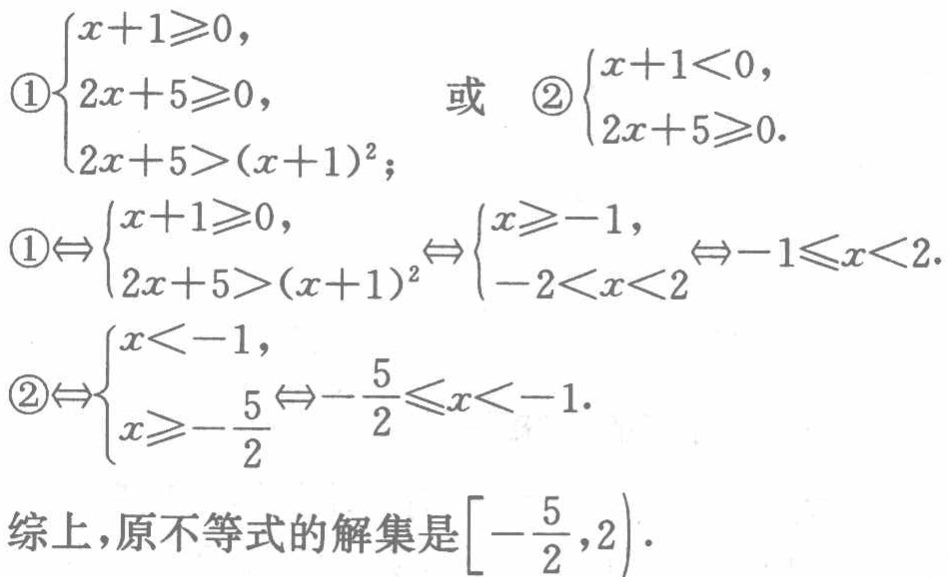
\textcircled{1}$\begin{cases}
x + 1\geqslant0, \\
2x + 5\geqslant0, \\
2x + 5>(x + 1)^2;
\end{cases}$或\textcircled{2}$\begin{cases}
x + 1<0, \\
2x + 5\geqslant0.
\end{cases}$
\textcircled{1}$\Leftrightarrow\begin{cases}
x + 1\geqslant0, \\
2x + 5>(x + 1)^2
\end{cases}\Leftrightarrow\begin{cases}
x\geqslant - 1, \\
- 2<x<2
\end{cases}\Leftrightarrow - 1\leqslant x<2.$
\textcircled{2}$\Leftrightarrow\begin{cases}
x< - 1, \\
x\geqslant-\frac{5}{2}
\end{cases}\Leftrightarrow-\frac{5}{2}\leqslant x< - 1.$
综上，原不等式的解集是$\left[-\frac{5}{2},2\right).$